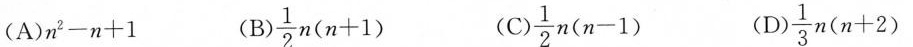
(A)$$n ^ { 2 } - n + 1$$ (B) $$\frac { 1 } { 2 } n ( n + 1 )$$ (C)$$\frac { 1 } { 2 } n ( n - 1 )$$ (D) $$\frac { 1 } { 3 } n ( n + 2 )$$